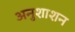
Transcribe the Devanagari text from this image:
अनुशाशन